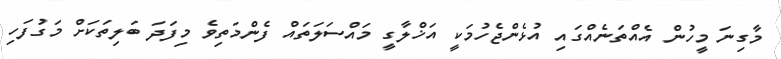
މާގިނަ މީހުން އެއްތަނެއްގައި އުޅެންޖެހުމަކީ އަޚްލާގީ މައްސަލަތައް ފެންމަތިވެ މިފަދަ ބަލިތަކަށް މަގުފަހި